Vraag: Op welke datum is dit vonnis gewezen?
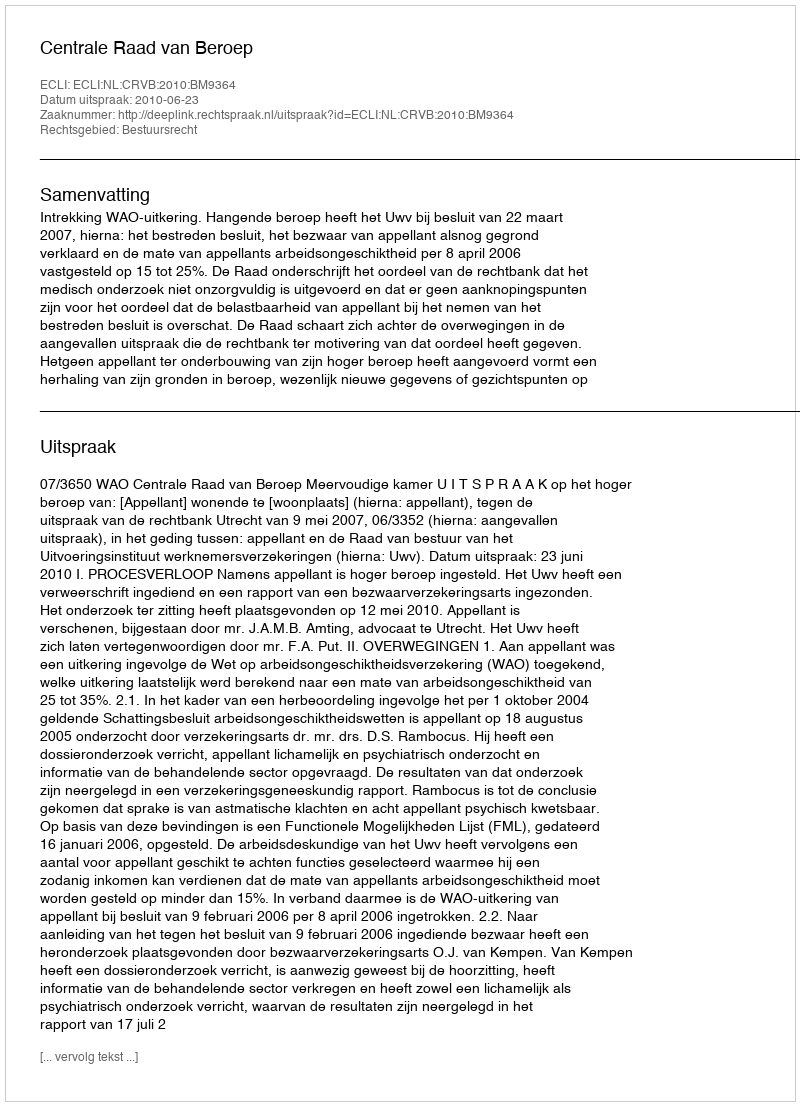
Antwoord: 2010-06-23